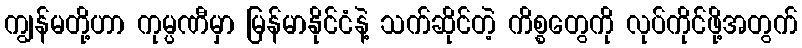
ကျွန်မတို့ဟာ ကုမ္ပဏီမှာ မြန်မာနိုင်ငံနဲ့ သက်ဆိုင်တဲ့ ကိစ္စတွေကို လုပ်ကိုင်ဖို့အတွက်